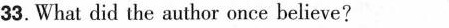
33.What did the author once believe?